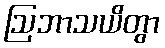
ဩဘာသယိတွာ